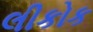
લીકોક